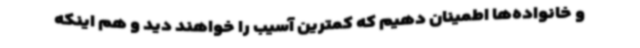
و خانواده‌ها اطمینان دهیم که کمترین آسیب را خواهند دید و هم اینکه